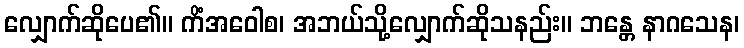
လျှောက်ဆိုပေ၏။ ကိံအဝေါစ၊ အဘယ်သို့လျှောက်ဆိုသနည်း။ ဘန္တေ နာဂသေန၊